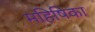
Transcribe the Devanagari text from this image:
महिषिका